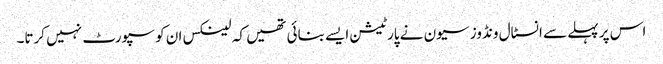
اس پر پہلے سے انسٹال ونڈوز سیون نے پارٹیشن ایسے بنائی تھیں کہ لینکس ان کو سپورٹ نہیں کرتا۔